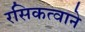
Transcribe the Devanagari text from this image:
रसिकत्वाने